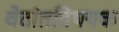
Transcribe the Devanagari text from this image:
वेदांतविषयक